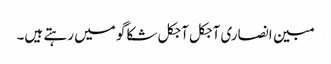
مبین انصاری آجکل آجکل شکاگو میں رہتے ہیں۔